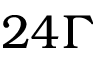
2 4 \Gamma